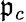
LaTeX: \mathfrak{p}_{c}